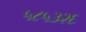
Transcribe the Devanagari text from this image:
५८५३२६